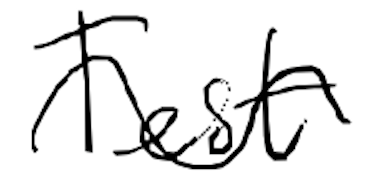
Text: Test
Cross-out: wave
Writing tool: digital_black